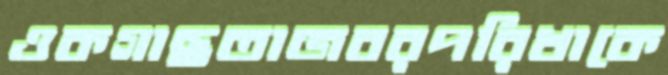
ওকগাছতাজবরপরিখাকে